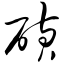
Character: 磺